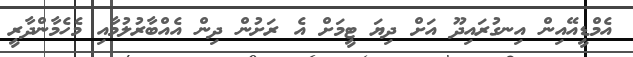
އެމްޑީއޭއިން އިނގުރައިދޫ އަށް ދިޔަ ޓީމަށް އެ ރަށުން ދިން އެއްބާރުލުމާއި މެހެމާންދާރީ